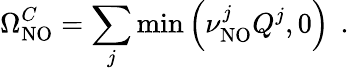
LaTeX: \Omega_{\mathrm{NO}}^{C}=\sum_{j}\mathrm{min}\left(\nu_{\mathrm{NO}}^{j}Q^{j},0\right)\, \mathrm{~.~}